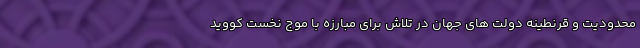
محدودیت و قرنطینه دولت های جهان در تلاش برای مبارزه با موج نخست کووید